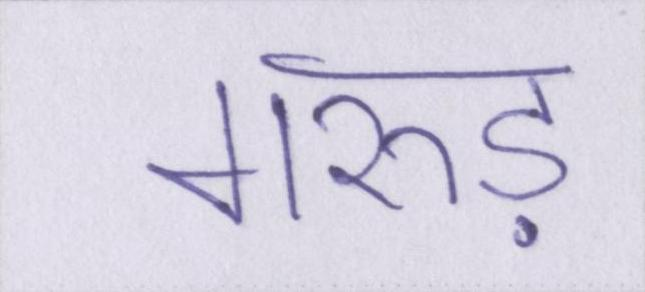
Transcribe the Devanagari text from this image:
गरुड़